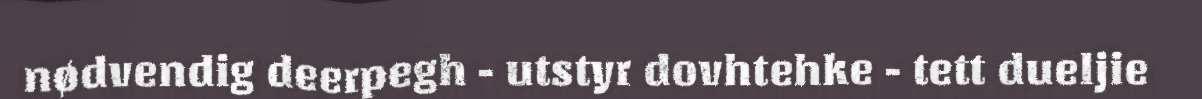
nødvendig deerpegh - utstyr dovhtehke - tett dueljie